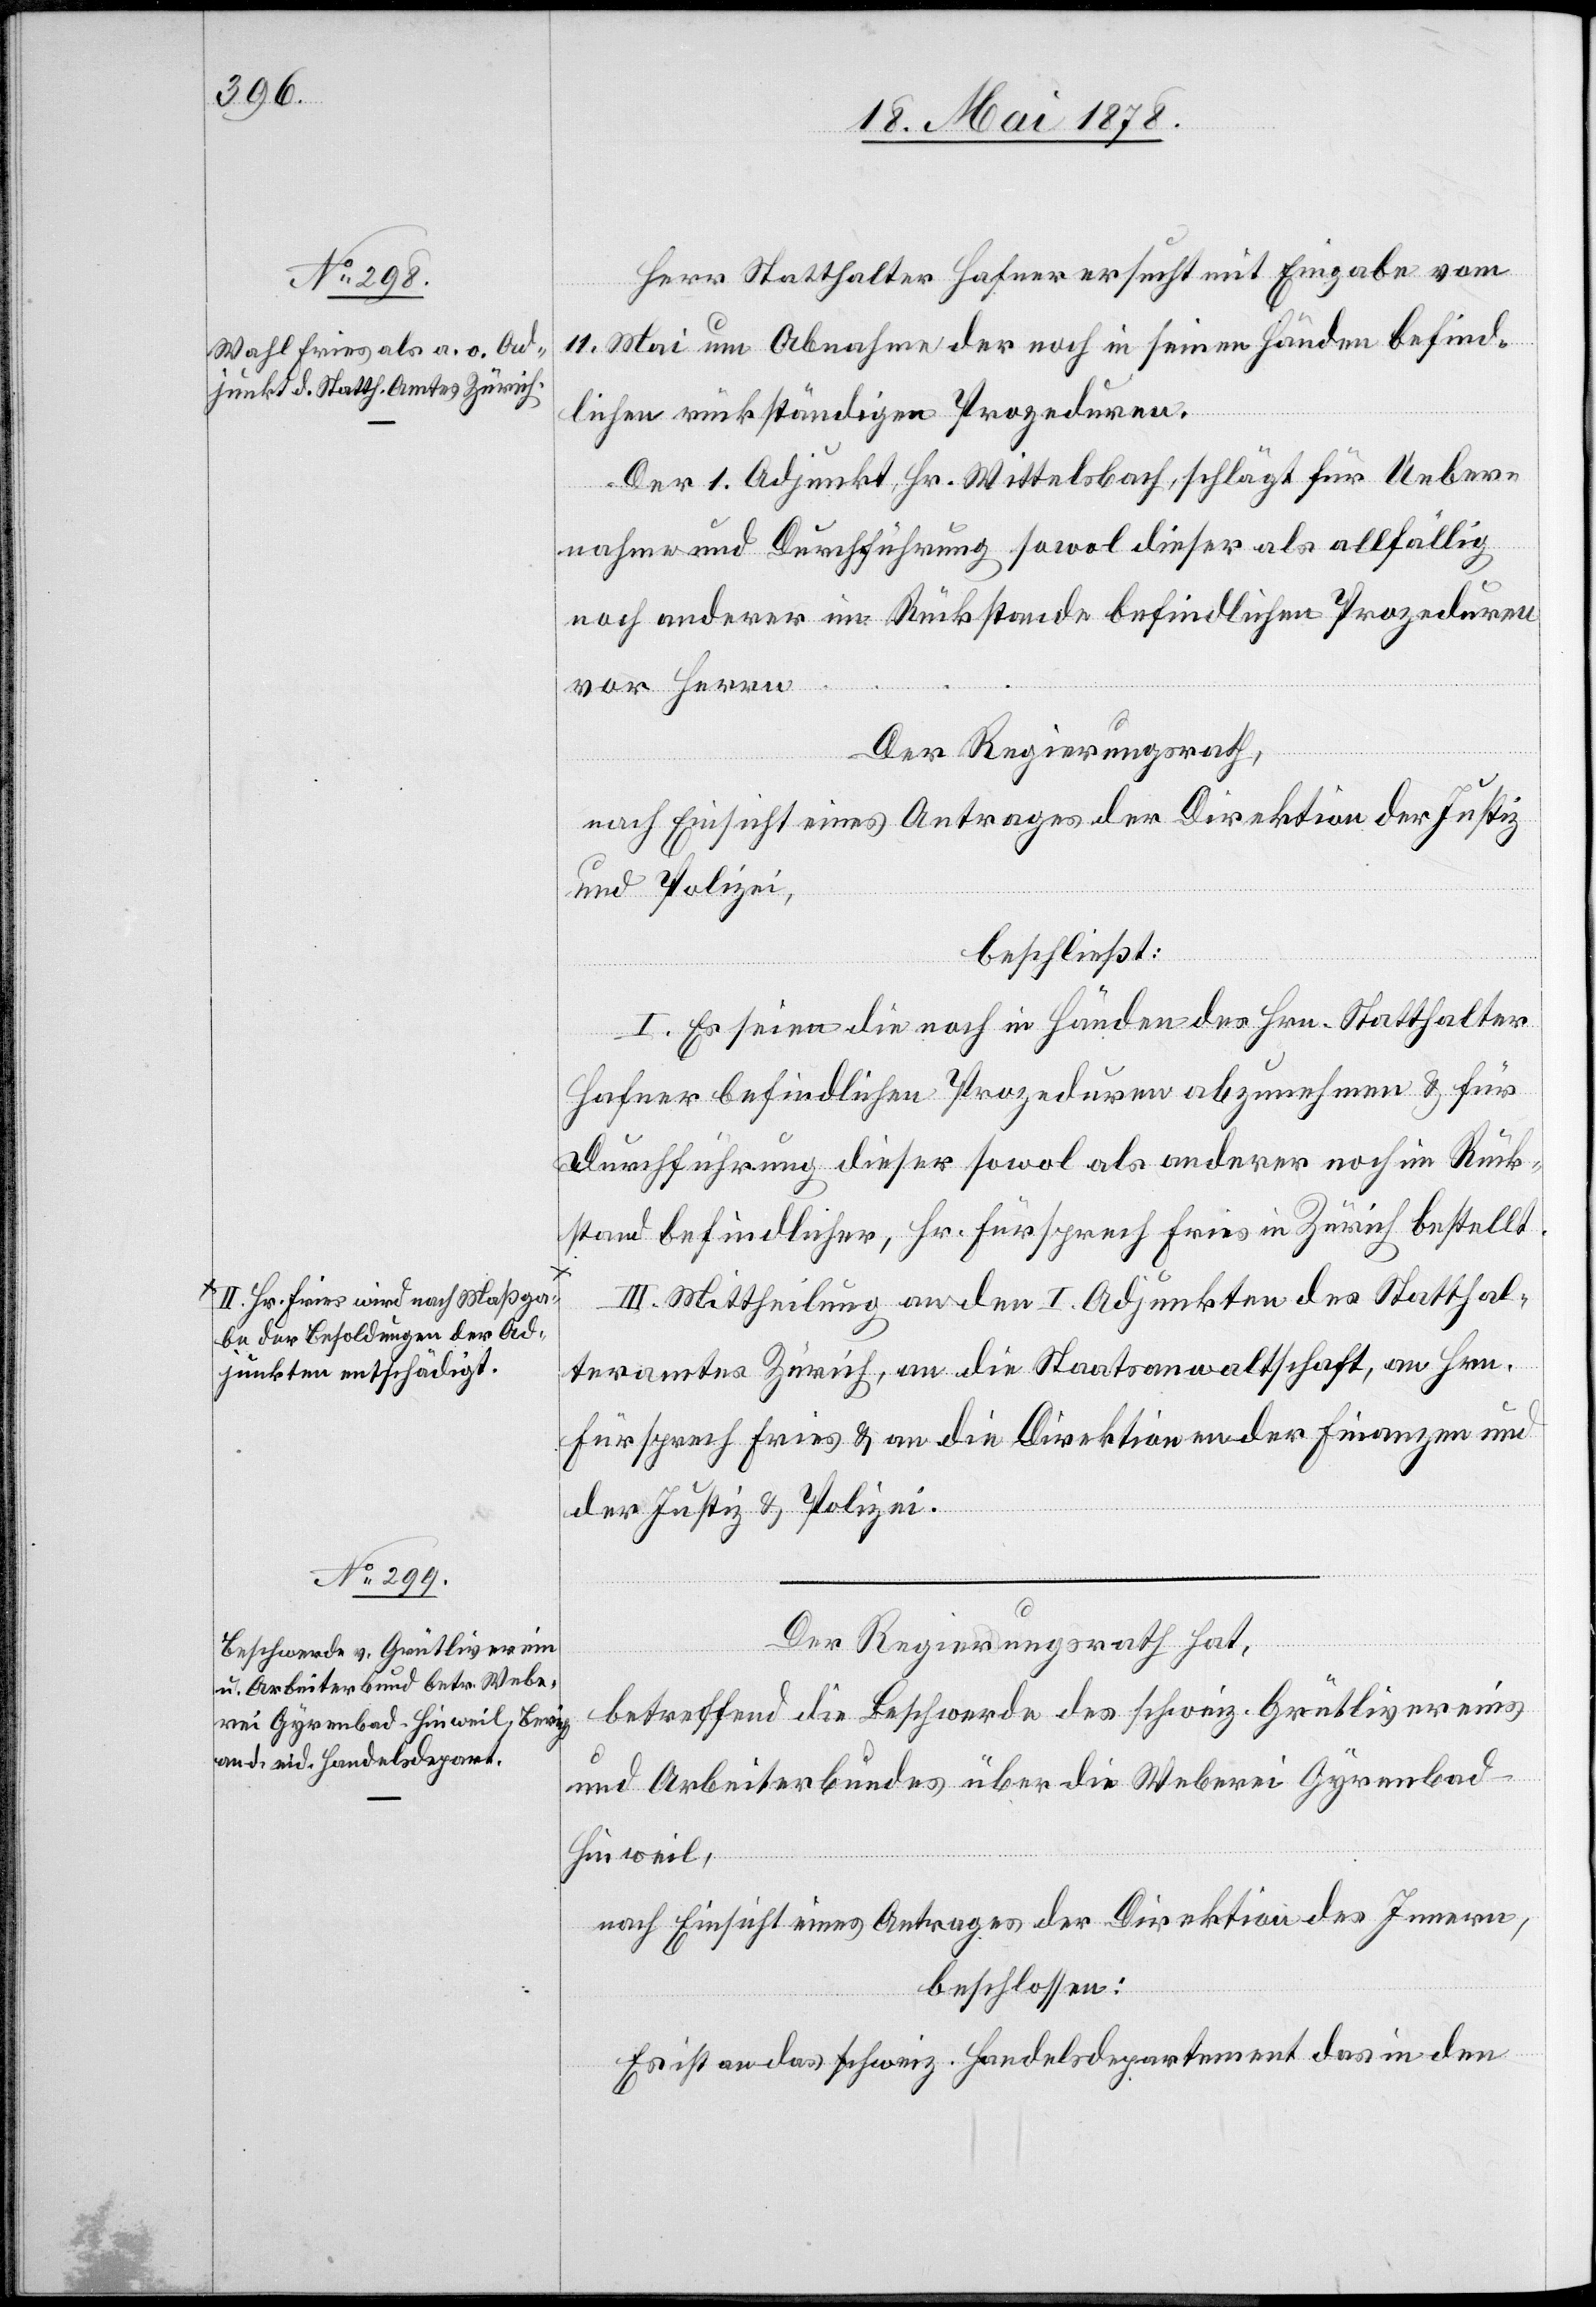
a-II. Hr. Fries wird nach Maßga¬
be der Besoldungen der Ad¬
junkten entschädigt.-a

Herr Statthalter Hafner ersucht mit Eingabe vom
11. Mai um Abnahme der noch in seinen Händen befind¬
lichen rückständigen Prozeduren.
Der 1. Adjunkt, Hr. Wittelsbach, schlägt für Ueber¬
nahme und Durchführung sowol dieser als allfällig
noch anderer im Rückstande befindlichen Prozeduren
vor Herrn
Der Regierungsrath
nach Einsicht eines Antrages der Direktion der Justiz
und Polizei,
beschließt:
I. Es seien die noch in Händen des Hrn. Statthalter
Hafner befindlichen Prozeduren abzunehmen & für
Durchführung dieser sowol als anderer noch im Rück¬
stand befindlicher, Hr. Fürsprech Fries in Zürich bestellt.
III. Mittheilung an den I. Adjunkten des Statthal¬
teramt Zürich, an die Staatsanwaltschaft, an Hrn.
Fürsprech Fries & an die Direktionen der Finanzen und
der Justiz & Polizei.
Der Regierungsrath hat,
betreffend die Beschwerde des schweiz. Grütlivereins
und Arbeiterbundes über die Weberei Gyrenbad
Hinweil,
nach Einsicht eines Antrages der Direktion des Innern,
beschlossen:
Es ist an das schweiz. Handelsdepartement das in den